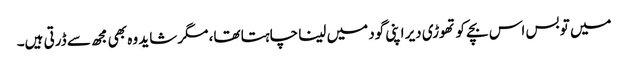
میں تو بس اس بچے کو تھوڑی دیر اپنی گود میں لینا چاہتا تھا، مگر شاید وہ بھی مجھ سے ڈرتی ہیں۔